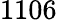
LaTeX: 1106